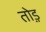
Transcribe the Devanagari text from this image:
तो़ड़